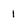
Character: 1